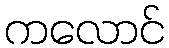
ကလောင်